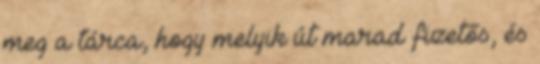
meg a tárca, hogy melyik út marad fizetős, és